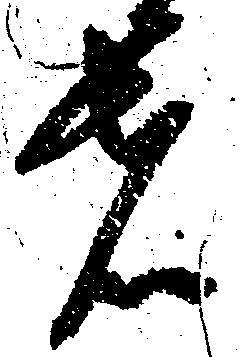
者